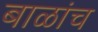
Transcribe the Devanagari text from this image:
बाळांच